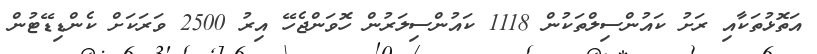
އަތޮޅުތަކާއި ރަށު ކައުންސިލްތަކުން 1118 ކައުންސިލަރުން ހޮވަންޖެހޭ އިރު 2500 ވަރަކަށް ކެންޑިޑޭޓުން